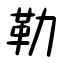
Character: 勒